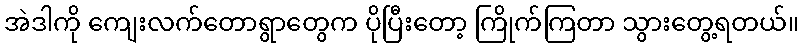
အဲဒါကို ကျေးလက်တောရွာတွေက ပိုပြီးတော့ ကြိုက်ကြတာ သွားတွေ့ရတယ်။